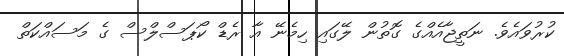
ކުރުވައެވެ. ނަތީޖާއެއްގެ ގޮތުން ލޭގައި ހިމެނޭ އާ ރެޑް ކޯޕަސްލްސް ގެ މަސައްކަތް